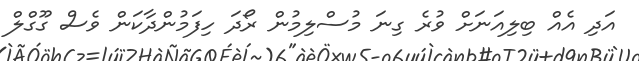
އަދި އެއް ބިލިއަނަށް ވުރެ ގިނަ މުސްލިމުން ރޯދަ ހިފަމުންދާކަން ވެސް ގޫގްލް